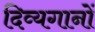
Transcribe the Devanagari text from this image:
दिव्यगानों